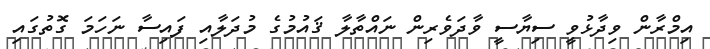
އިމްރާން ވިދާޅުވީ ސިޔާސީ ވާދަވެރިން ނައްތާލާ ޤައުމުގެ މުދަލާއި ފައިސާ ނަހަމަ ގޮތުގައި